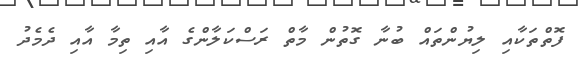
ފޮތްތަކާއި ލިޔުންތައް ބުނާ ގޮތުން މާތް ރަސްކަލާންގެ އާއި ތިމާ އާއި ދެމެދު